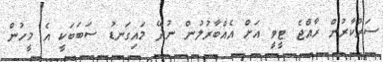
ސަރުކާރުން ރާއްޖެ ޓީވީ އަށް އެއްބާރުލުން ނުދޭ މައިގަނޑު ސަބަބަކީ އެ މީހުން